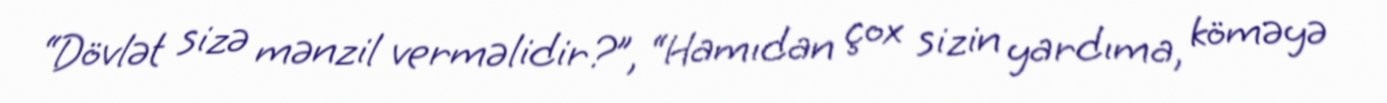
“Dövlət sizə mənzil verməlidir?”, “Hamıdan çox sizin yardıma, köməyə